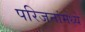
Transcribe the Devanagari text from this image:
परिजनांमध्ये